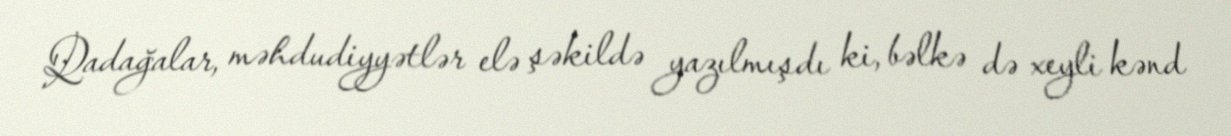
Qadağalar, məhdudiyyətlər elə şəkildə yazılmışdı ki, bəlkə də xeyli kənd